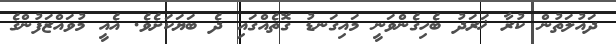
ދައުލަތުން ކުރާ ޚަރަދު ބެހިގެންވަނީ މައިގަނޑު ގޮތެއްގައި ދެ ބަޔަކަށެވެ. އެއީ މުވައްޒަފުންގެ